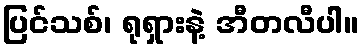
ပြင်သစ်၊ ရုရှားနဲ့ အီတလီပါ။